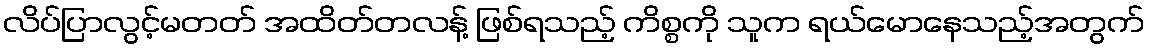
လိပ်ပြာလွင့်မတတ် အထိတ်တလန့် ဖြစ်ရသည့် ကိစ္စကို သူက ရယ်မောနေသည့်အတွက်